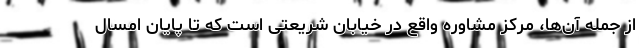
از جمله آن‌ها، مرکز مشاوره واقع در خیابان شریعتی است که تا پایان امسال